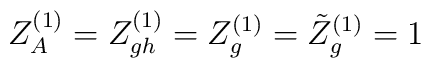
Z_A^{(1)} = Z_{gh}^{(1)} = Z_g^{(1)} = \tilde{Z}_g^{(1)} = 1